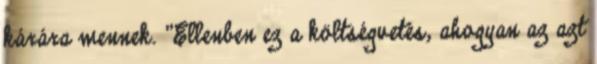
kárára mennek. "Ellenben ez a költségvetés, ahogyan az azt